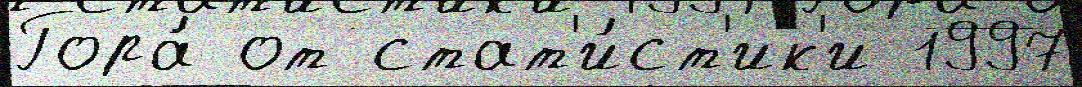
Гора́ от стат'и́ст'ик'и 1997